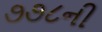
૭૭૮ની